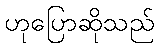
ဟုပြောဆိုသည်